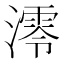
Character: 澪